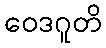
ဝေဒဂူတိ